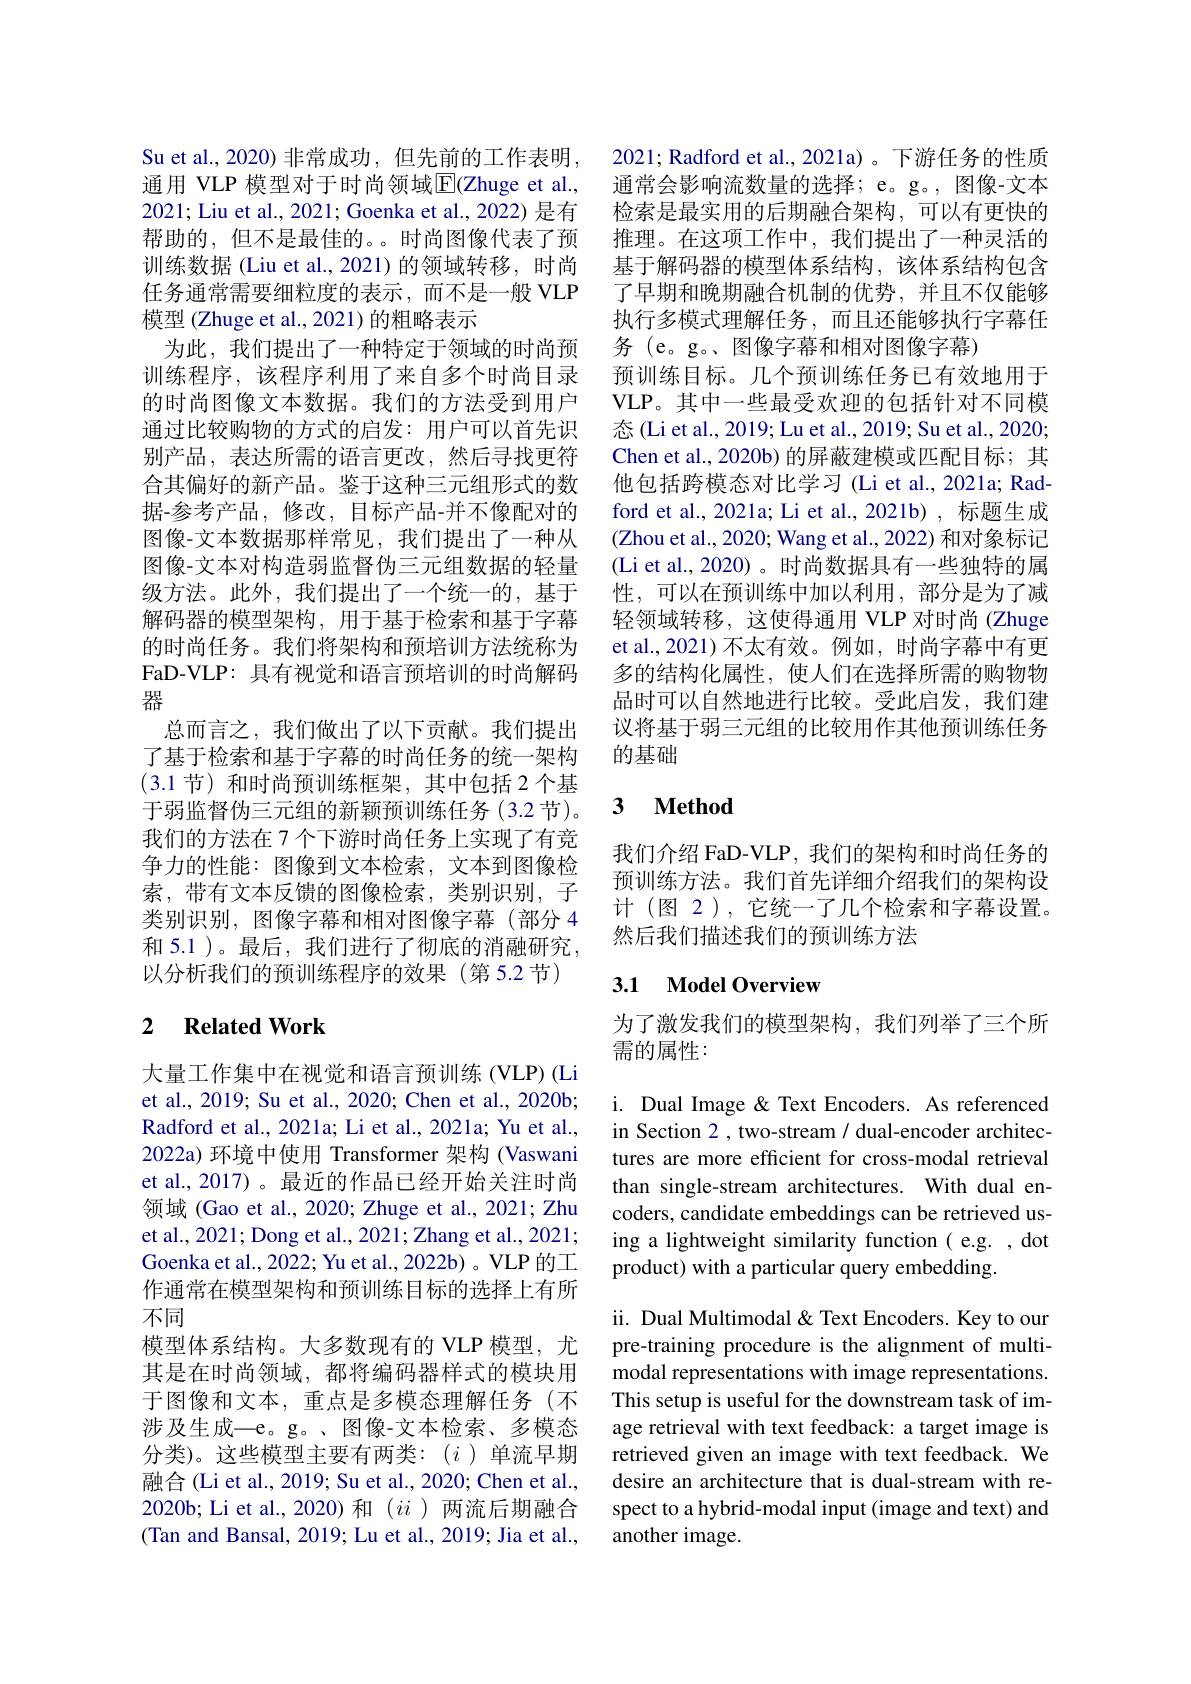
Su et al., 2020) 非常成功，但先前的工作表明， 通用 VLP 模型对于时尚领域$\mathbb{E}($Zhuge et al., 2021; Liu et al., 2021; Goenka et al., 2022) 是有帮助的，但不是最佳的。。时尚图像代表了预训练数据 (Liu et al.,2021)的领域转移，时尚任务通常需要细粒度的表示，而不是一般 VLP 模型 (Zhuge et al., 2021) 的粗略表示
为此，我们提出了一种特定于领域的时尚预训练程序，该程序利用了来自多个时尚目录的时尚图像文本数据。我们的方法受到用户通过比较购物的方式的启发：用户可以首先识别产品，表达所需的语言更改，然后寻找更符合其偏好的新产品。鉴于这种三元组形式的数据-参考产品，修改，目标产品-并不像配对的图像-文本数据那样常见，我们提出了一种从图像-文本对构造弱监督伪三元组数据的轻量级方法。此外，我们提出了一个统一的，基于解码器的模型架构，用于基于检索和基于字幕的时尚任务。我们将架构和预培训方法统称为FaD-VLP: 具有视觉和语言预培训的时尚解码器
总而言之，我们做出了以下贡献。我们提出了基于检索和基于字幕的时尚任务的统一架构(3.1节)和时尚预训练框架，其中包括 2 个基于弱监督伪三元组的新颖预训练任务(3.2 节)。我们的方法在 7 个下游时尚任务上实现了有竞争力的性能：图像到文本检索，文本到图像检索，带有文本反馈的图像检索，类别识别，子类别识别，图像字幕和相对图像字幕(部分 4和 5.1 )。最后，我们进行了彻底的消融研究， 以分析我们的预训练程序的效果(第 5.2 节)

### 2 $\textbf{Related Work}$

大量工作集中在视觉和语言预训练 (VLP) (Li et al., 2019; Su et al., 2020; Chen et al., 2020b; Radford et al., 2021a; Li et al., 2021a; Yu et al., 2022a) 环境中使用 Transformer 架构 (Vaswani et al., 2017)。最近的作品已经开始关注时尚领域 (Gao et al., 2020; Zhuge et al., 2021; Zhu et al., 2021; Dong et al., 2021; Zhang et al., 2021; Goenka et al., 2022; Yu et al., 2022b) 。VLP 的工作通常在模型架构和预训练目标的选择上有所不同
模型体系结构。大多数现有的 VLP 模型，尤其是在时尚领域，都将编码器样式的模块用于图像和文本，重点是多模态理解任务(不涉及生成—e。g。、图像-文本检索、多模态分类)。这些模型主要有两类：(i)单流早期融合(Li et al., 2019; Su et al., 2020; Chen et al., 2020b; Li et al., 2020) 和$(ii$ )两流后期融合(Tan and Bansal, 2019; Lu et al., 2019; Jia et al.,

2021; Radford et al., 2021a)。下游任务的性质通常会影响流数量的选择；e。g。,图像-文本检索是最实用的后期融合架构，可以有更快的推理。在这项工作中，我们提出了一种灵活的基于解码器的模型体系结构，该体系结构包含了早期和晚期融合机制的优势，并且不仅能够执行多模式理解任务，而且还能够执行字幕任务 (e。g。、图像字幕和相对图像字幕)
预训练目标。几个预训练任务已有效地用于VLP。其中一些最受欢迎的包括针对不同模态(Li et al., 2019; Lu et al., 2019; Su et al., 2020; Chen et al., 2020b) 的屏蔽建模或匹配目标；其他包括跨模态对比学习 (Li et al., 2021a; Radford et al., 2021a; Li et al., 2021b) , 标题生成(Zhou et al., 2020; Wang et al., 2022) 和对象标记(Li et al., 2020)。时尚数据具有一些独特的属性，可以在预训练中加以利用，部分是为了减轻领域转移，这使得通用 VLP 对时尚 (Zhuge et al.,2021)不太有效。例如，时尚字幕中有更多的结构化属性，使人们在选择所需的购物物品时可以自然地进行比较。受此启发，我们建议将基于弱三元组的比较用作其他预训练任务的基础

### $\textbf{3}$ $\textbf{Method}$

我们介绍 FaD-VLP, 我们的架构和时尚任务的预训练方法。我们首先详细介绍我们的架构设计 (图 2),它统一了几个检索和字幕设置。然后我们描述我们的预训练方法

## 3.1 Model Overview

为了激发我们的模型架构，我们列举了三个所
需的属性：

i. Dual Image & Text Encoders. As referenced in Section 2 , two-stream / dual-encoder architectures are more efficient for cross-modal retrieval than single-stream architectures. With dual encoders, candidate embeddings can be retrieved using a lightweight similarity function( e.g. , dot product) with a particular query embedding.

ii. Dual Multimodal & Text Encoders. Key to our pre-training procedure is the alignment of multimodal representations with image representations. This setup is useful for the downstream task of image retrieval with text feedback: a target image is retrieved given an image with text feedback. We desire an architecture that is dual-stream with respect to a hybrid-modal input (image and text) and another image.